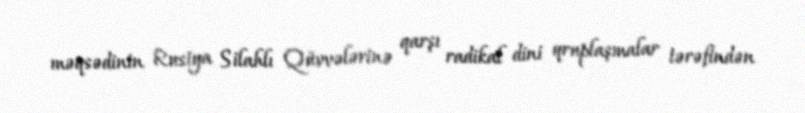
məqsədinin Rusiya Silahlı Qüvvələrinə qarşı radikal dini qruplaşmalar tərəfindən